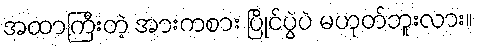
အထာကြီးတဲ့ အားကစား ပြိုင်ပွဲပဲ မဟုတ်ဘူးလား။